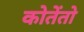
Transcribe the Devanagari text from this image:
कोतेंतो